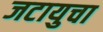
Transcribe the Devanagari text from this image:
जटायुचा